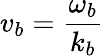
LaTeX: v_{b}=\frac{\omega_{b}}{k_{b}}